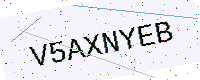
Text: V5AXNYEB